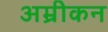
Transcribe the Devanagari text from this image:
अम्रीकन